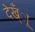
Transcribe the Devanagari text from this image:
देख्ँाू